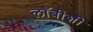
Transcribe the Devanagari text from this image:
लाॅबीशी